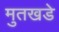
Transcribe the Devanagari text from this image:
मुतखडे